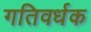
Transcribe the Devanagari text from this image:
गतिवर्धक